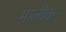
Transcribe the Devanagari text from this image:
मालीक